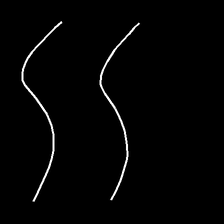
Glyph: float